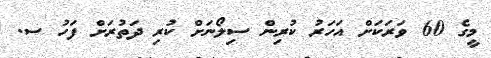
މީގެ 60 ވަރަކަށް އަހަރު ކުރިން ސިލޯނަށް ކުރި ދަތުރަށް ފަހު ސ.